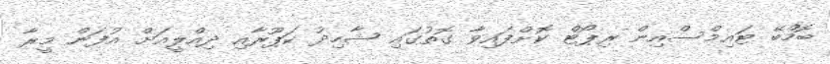
ބޮމްބޭ ޓައިމްސްއިން ރިޕޯޓް ކޮށްފައިވާ ގޮތުގައި ޝާހިދު ކަޕޫރާއި ދިއްލީއަށް އުފަން މީރާ